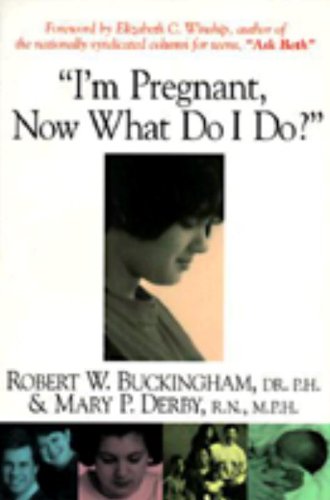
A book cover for I'm Pregnant, Now What Do I Do?; Ph.D. Dr. Robert W. Buckingham; Teen & Young Adult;